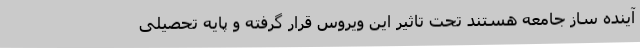
آینده ساز جامعه هستند تحت تاثیر این ویروس قرار گرفته و پایه تحصیلی